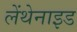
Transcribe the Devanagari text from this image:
लेंथेनाइड